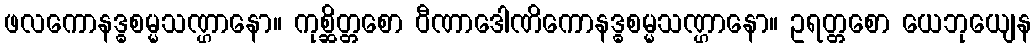
ဖလကောနဒ္ဓစမ္မသဏ္ဌာနော။ ကုစ္ဆိတ္တစော ဝီဏာဒေါဏိကောနဒ္ဓစမ္မသဏ္ဌာနော။ ဥရတ္တစော ယေဘုယျေန